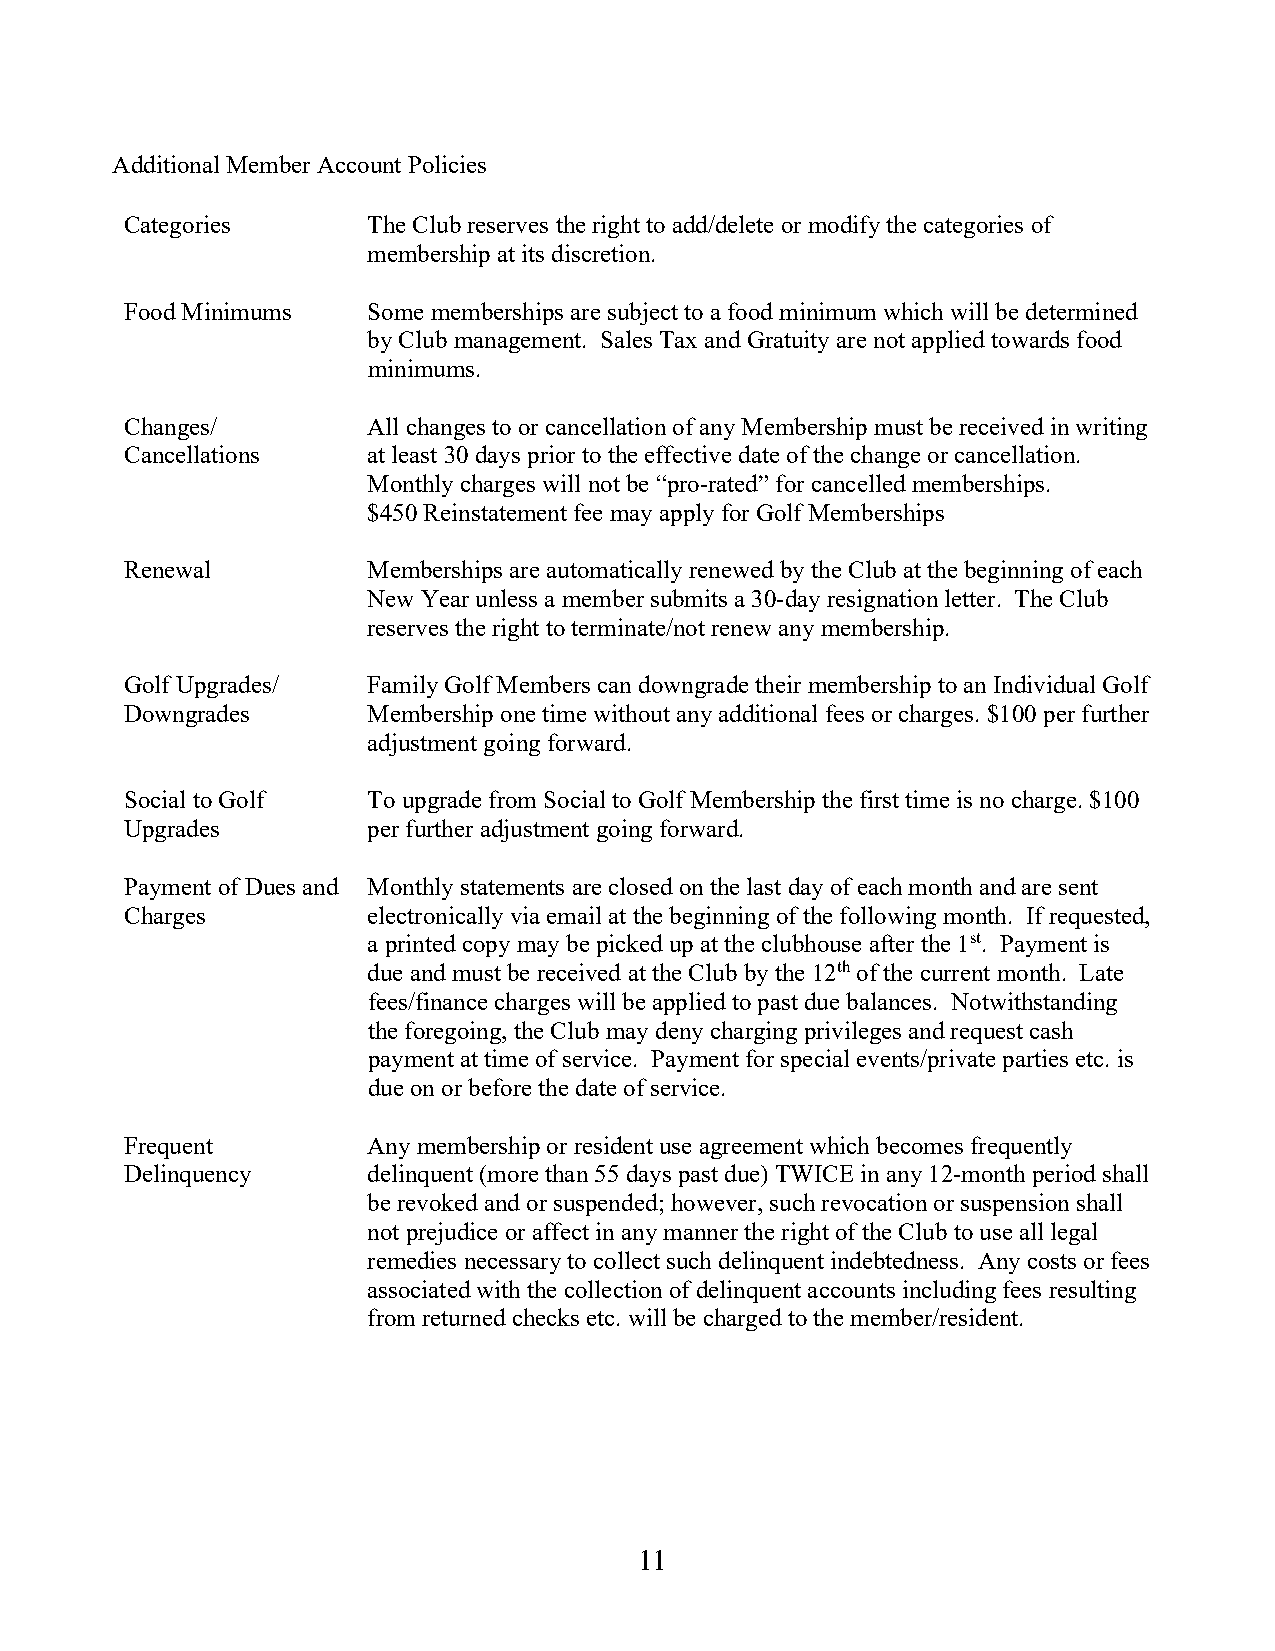
Additional Member Account Policies
 Categories      The Club reserves the right to add/delete or modify the categories of
 membership at its discretion.
 Food Minimums   Some memberships are subject to a food minimum which will be determined
 by Club management. Sales Tax and Gratuity are not applied towards food
 minimums.
 Changes/        All changes to or cancellation of any Membership must be received in writing
 Cancellations   at least 30 days prior to the effective date of the change or cancellation.
 Monthly charges will not be “pro-rated” for cancelled memberships.
 $450 Reinstatement fee may apply for Golf Memberships
 Renewal         Memberships are automatically renewed by the Club at the beginning of each
 New Year unless a member submits a 30-day resignation letter. The Club
 reserves the right to terminate/not renew any membership.
 Golf Upgrades/  Family Golf Members can downgrade their membership to an Individual Golf
 Downgrades      Membership one time without any additional fees or charges. $100 per further
 adjustment going forward.
 Social to Golf  To upgrade from Social to Golf Membership the first time is no charge. $100
 Upgrades        per further adjustment going forward.
 Payment of Dues and Monthly statements are closed on the last day of each month and are sent
 Charges         electronically via email at the beginning of the following month. If requested,
 a printed copy may be picked up at the clubhouse after the 1st. Payment is
 due and must be received at the Club by the 12th of the current month. Late
 fees/finance charges will be applied to past due balances. Notwithstanding
 the foregoing, the Club may deny charging privileges and request cash
 payment at time of service. Payment for special events/private parties etc. is
 due on or before the date of service.
 Frequent        Any membership or resident use agreement which becomes frequently
 Delinquency     delinquent (more than 55 days past due) TWICE in any 12-month period shall
 be revoked and or suspended; however, such revocation or suspension shall
 not prejudice or affect in any manner the right of the Club to use all legal
 remedies necessary to collect such delinquent indebtedness. Any costs or fees
 associated with the collection of delinquent accounts including fees resulting
 from returned checks etc. will be charged to the member/resident.
 11